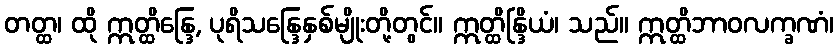
တတ္ထ၊ ထို ဣတ္ထိန္ဒြေ, ပုရိသန္ဒြေနှစ်မျိုးတို့တွင်။ ဣတ္ထိန္ဒြိယံ၊ သည်။ ဣတ္ထိဘာဝလက္ခဏံ၊